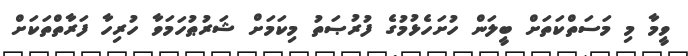
ވީމާ މި މަސަތްކަތަށް ބީލަން ހުށަހެޅުމުގެ ފުރުޞަތު މިކަމަށް ޝަރުޠުހަމަވާ ހުރިހާ ފަރާތްތަކަށް